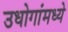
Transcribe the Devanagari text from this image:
उधोगांमध्ये